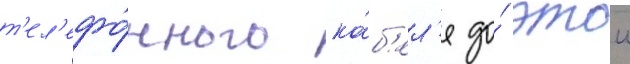
т'ел'ефо́нного ка́б'ел'я до́ этои